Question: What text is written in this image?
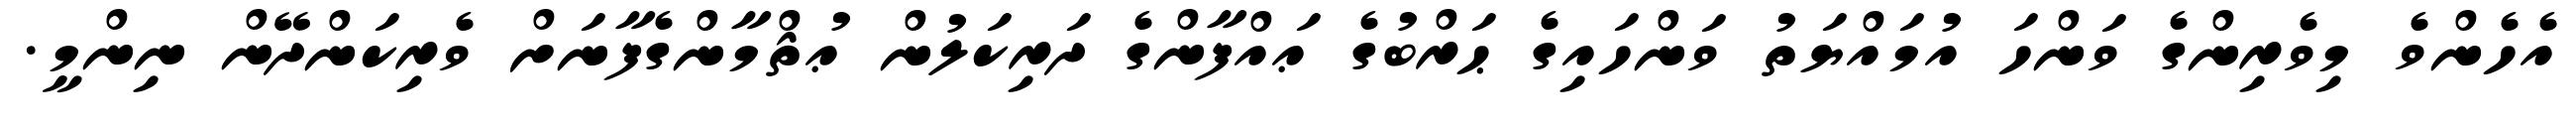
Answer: އެހެންވެ މިވެރިންގެ ވަންހަ އުމައްޔަތު ވަންހައިގެ ޙަރްބުގެ ޢައްފާންގެ ދަރިކަލުން ޢުޘްމާންގެފާނަށް ވެރިކަންދޭން ނިންމީ.